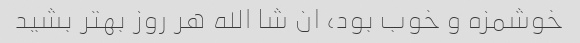
خوشمزه و خوب بود، ان شا الله هر روز بهتر بشید